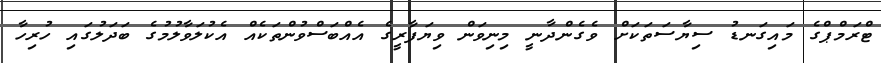
ޓްރަމްޕްގެ މައިގަނޑު ސިޔާސަތަކަށް ވެގެންދާނީ މިނިވަން ވިޔަފާރީގެ އެއްބަސްވުންތަކެއް އެކުލަވާލުމުގެ ބަދަލުގައި ހުރިހާ